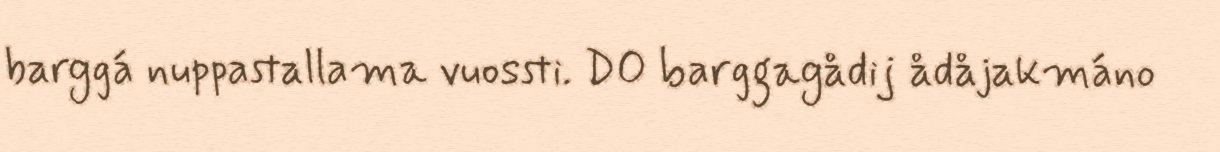
barggá nuppastallama vuossti. DO barggagådij ådåjakmáno